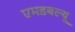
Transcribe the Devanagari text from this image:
एमडबल्यू